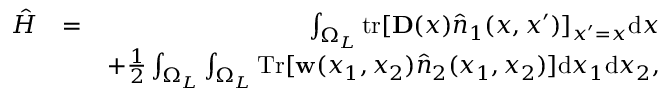
\begin{array} { r l r } { \hat { H } } & { = } & { \int _ { \Omega _ { L } } \ensuremath { \mathrm { t r } } [ \ensuremath { \mathbf { D } } ( x ) \hat { \b { n } } _ { 1 } ( x , x ^ { \prime } ) ] _ { x ^ { \prime } = x } \ensuremath { \mathrm { d } } x } \\ & { } & { + \frac { 1 } { 2 } \int _ { \Omega _ { L } } \int _ { \Omega _ { L } } \ensuremath { \mathrm { T r } } [ \ensuremath { \mathbf { w } } ( x _ { 1 } , x _ { 2 } ) \hat { \b { n } } _ { 2 } ( x _ { 1 } , x _ { 2 } ) ] \ensuremath { \mathrm { d } } x _ { 1 } \ensuremath { \mathrm { d } } x _ { 2 } , } \end{array}